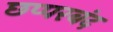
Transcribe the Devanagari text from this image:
छप्परबंद